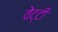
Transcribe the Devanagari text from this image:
वेट्टी